Civil Veterinary Dept. Bombay admin report 1907-1913 - 1907-1913
Year: 1907
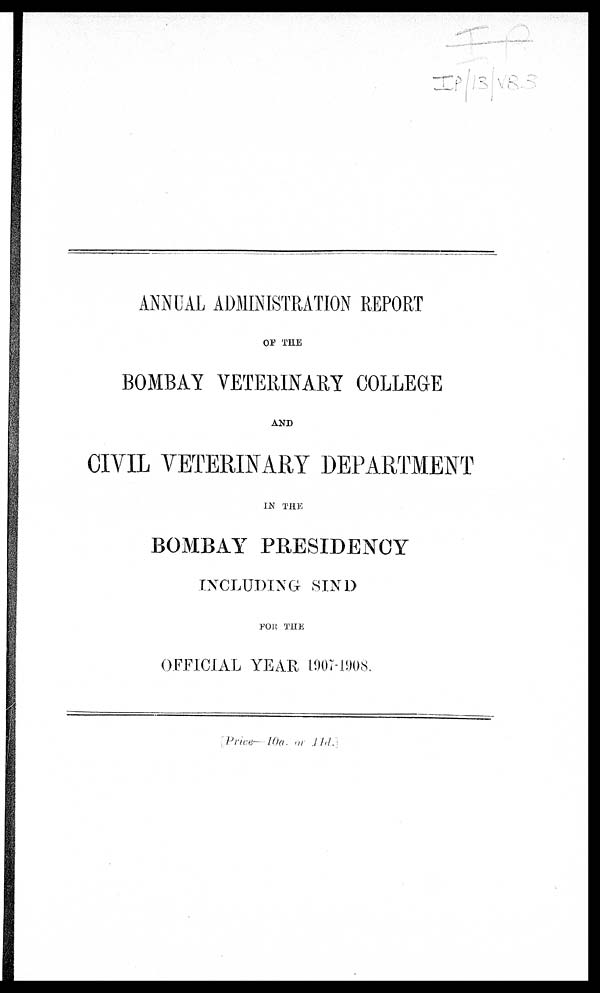
ANNUAL ADMINISTRATION REPORT
OF THE
BOMBAY VETERINARY COLLEGE
AND
CIVIL VETERINARY DEPARTMENT
IN THE
BOMBAY PRESIDENCY
INCLUDING SIND
FOR THE
OFFICIAL YEAR 1907-1908.
Price— 10a. or jld.